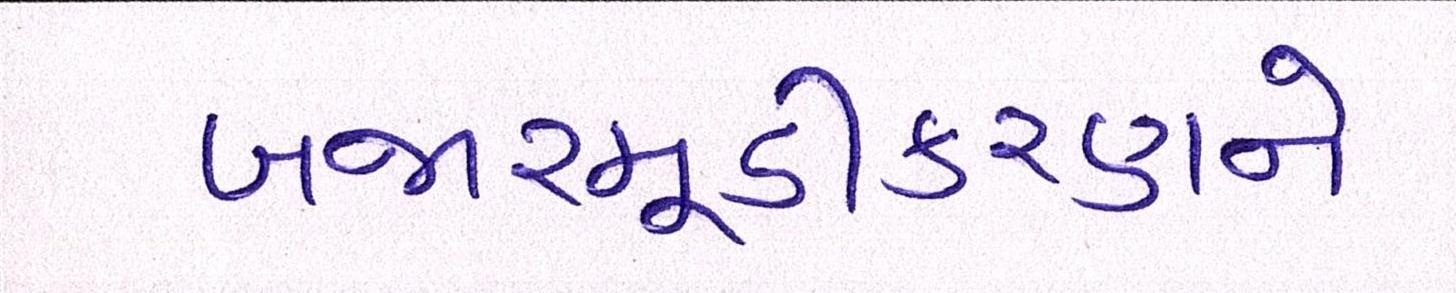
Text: બજારમૂડીકરણને